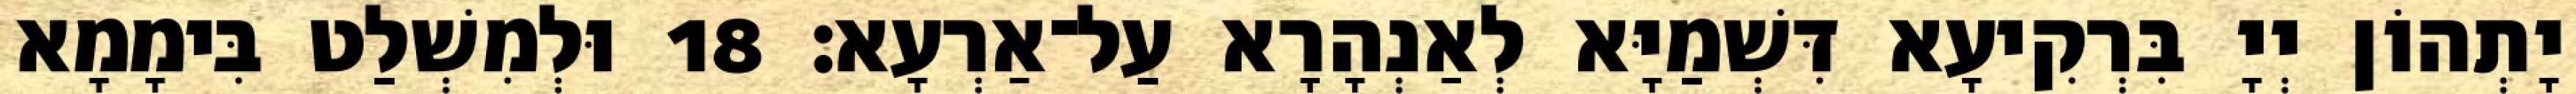
יָתְהוֹן יְיָ בִּרְקִיעָא דִּשְׁמַיָּא לְאַנְהָרָא עַל־אַרְעָא׃ 18 וּלְמִשְׁלַט בִּימָמָא